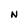
Character: N